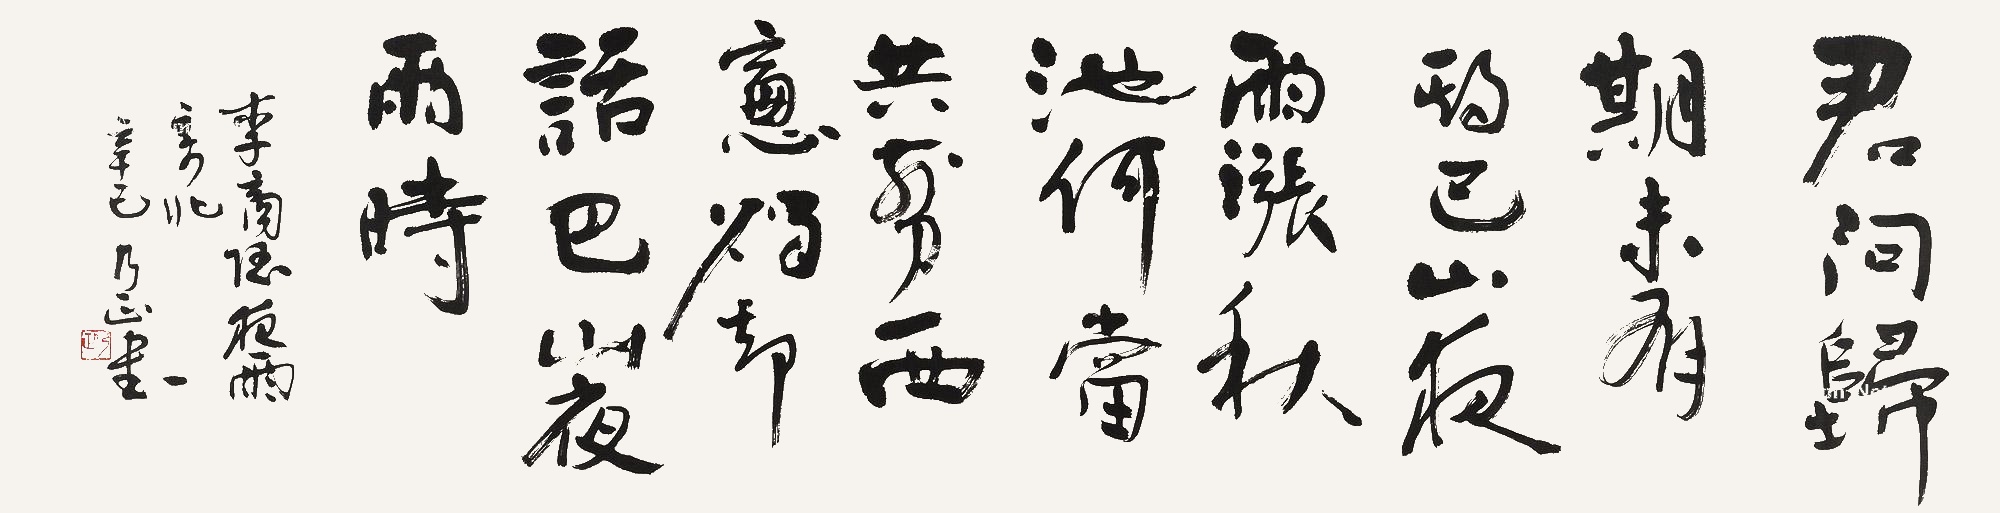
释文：君问归期未有期，巴山夜雨涨秋池。何当共剪西窗烛，却话巴山夜雨时。李商隐《夜雨寄北》。辛巳，乃正书。